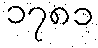
၁၇၈၁